Indian journal of veterinary science and animal husbandry - Volume 7,
Year: 1937
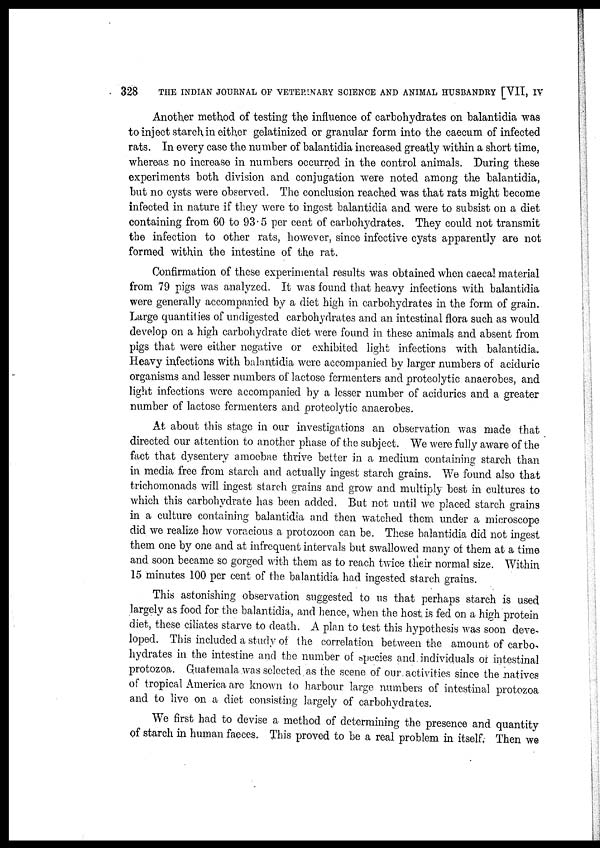
328
THE INDIAN JOURNAL OF VETERINARY SCIENCE AND ANIMAL HUSBANDRY [VII, IV
Another method of testing the influence of carbohydrates on balantidia was
to inject starch in either gelatinized or granular form into the caecum of infected
rats. In every case the number of balantidia increased greatly within a short time,
whereas no increase in numbers occurred in the control animals. During these
experiments both division and conjugation were noted among the balantidia,
but no cysts were observed. The conclusion reached was that rats might become
infected in nature if they were to ingest balantidia and were to subsist on a diet
containing from 60 to 93.5 per cent of carbohydrates. They could not transmit
the infection to other rats, however, since infective cysts apparently are not
formed within the intestine of the rat.
Confirmation of these experimental results was obtained when caecal material
from 79 pigs was analyzed. It was found that heavy infections with balantidia
were generally accompanied by a diet high in carbohydrates in the form of grain.
Large quantities of undigested carbohydrates and an intestinal flora such as would
develop on a high carbohydrate diet were found in these animals and absent from
pigs that were either negative or exhibited light infections with balantidia.
Heavy infections with balantidia were accompanied by larger numbers of aciduric
organisms and lesser numbers of lactose fermenters and proteolytic anaerobes, and
light infections were accompanied by a lesser number of acidurics and a greater
number of lactose fermenters and proteolytic anaerobes.
At about this stage in our investigations an observation was made that
directed our attention to another phase of the subject. We were fully aware of the
fact that dysentery amoebae thrive better in a medium containing starch than
in media free from starch and actually ingest starch grains. We found also that
trichomonads will ingest starch grains and grow and multiply best in cultures to
which this carbohydrate has been added. But not until we placed starch grains
in a culture containing balantidia and then watched them under a microscope
did we realize how voracious a protozoon can be. These balantidia did not ingest
them one by one and at infrequent intervals but swallowed many of them at a time
and soon became so gorged with them as to reach twice their normal size. Within
15 minutes 100 per cent of the balantidia had. ingested starch grains.
This astonishing observation suggested to us that perhaps starch is used
largely as food for the balantidia, and hence, when the host is fed on a high protein
diet, these ciliates starve to death. A plan to test this hypothesis was soon deve-
loped. This included a study of the correlation between the amount of carbo¬
hydrates in the intestine and the number of species and individuals of intestinal
protozoa. Guatemala was selected as the scene of our activities since the natives
of tropical America are known to harbour large numbers of intestinal protozoa
and to live on a diet consisting largely of carbohydrates.
We first had to devise a method of determining the presence and quantity
of starch in human faeces. This proved to be a real problem in. itself. Then we